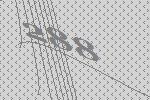
288